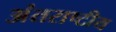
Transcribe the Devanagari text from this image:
अंतराष्टीय